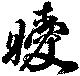
曖